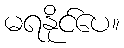
မရနိုင်ပေ။